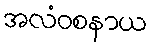
အလံဝစနာယ